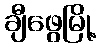
ချီဖွေမြို့